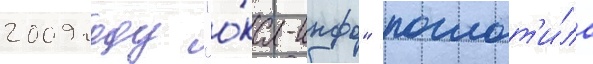
2009 году "о́ка-инфо" поглот'и́ла